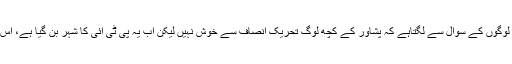
اسد عمر نے کہا کہ چیمبر کے لوگوں کے سوال سے لگتاہے کہ پشاور کے کچھ لوگ تحریک انصاف سے خوش نہیں لیکن اب یہ پی ٹی آئی کا شہر بن گیا ہے، اس کا وزیراعظم پر زیادہ حق ہے۔